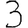
Digit: 3